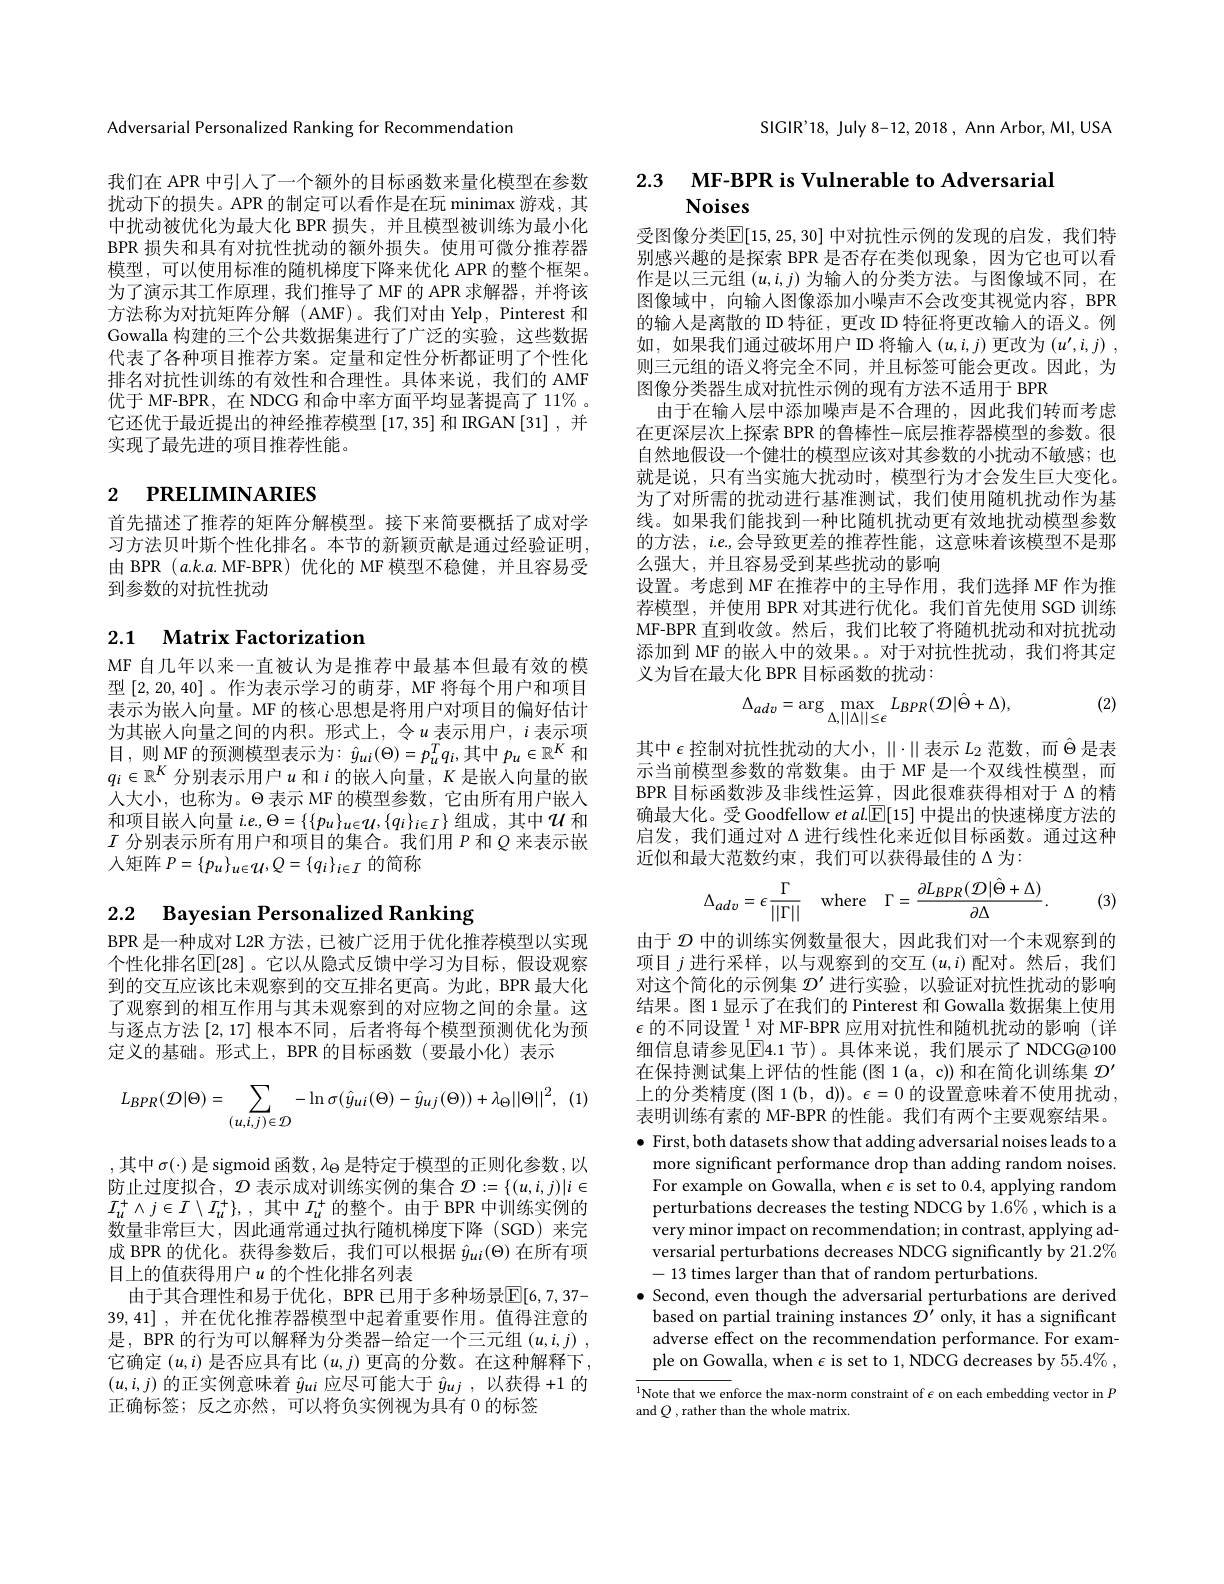
Adversarial Personalized Ranking for Recommendation

我们在 APR 中引人了一个额外的目标函数来量化模型在参数扰动下的损失。APR 的制定可以看作是在玩 minimax 游戏，其中扰动被优化为最大化 BPR 损失，并且模型被训练为最小化BPR 损失和具有对抗性扰动的额外损失。使用可微分推荐器模型，可以使用标准的随机梯度下降来优化 APR 的整个框架。为了演示其工作原理，我们推导了MF 的 APR 求解器，并将该方法称为对抗矩阵分解(AMF)。我们对由 Yelp, Pinterest 和Gowalla 构建的三个公共数据集进行了广泛的实验，这些数据代表了各种项目推荐方案。定量和定性分析都证明了个性化排名对抗性训练的有效性和合理性。具体来说，我们的 AMF 优于 MF-BPR, 在 NDCG 和命中率方面平均显著提高了 11% 。它还优于最近提出的神经推荐模型$\left[17,35\right]$和IRGAN[31],并实现了最先进的项目推荐性能。

# 2 РRELIМINARIES

首先描述了推荐的矩阵分解模型。接下来简要概括了成对学习方法贝叶斯个性化排名。本节的新颖贡献是通过经验证明， 由 BPR $(a.k.a.$ MF-BPR)优化的 MF 模型不稳健，并且容易受到参数的对抗性扰动

# 2.1 Matrix Factorization

MF 自几年以来一直被认为是推荐中最基本但最有效的模型[2,20,40] 。作为表示学习的萌芽，MF 将每个用户和项目表示为嵌入向量。MF 的核心思想是将用户对项目的偏好估计为其嵌人向量之间的内积。形式上，令$u$ 表示用户，$i$ 表示项目，则 MF 的预测模型表示为：$\hat{y}_{ui}(\Theta)=p_u^Tq_i$,其中 $p_u\in\mathbb{R}^K$ 和$q_i\in\mathbb{R}^K$ 分别表示用户$u$ 和$i$ 的嵌入向量，$K$ 是嵌入向量的嵌人大小，也称为。$\Theta$表示 MF 的模型参数，它由所有用户嵌入和项目嵌入向量$i.e,\Theta=\{\{p_u\}_{u\in\mathcal{U}},\{q_i\}_{i\in\mathcal{I}}\}$组成，其中$\mathcal{U}$和$I$分别表示所有用户和项目的集合。我们用$P$和$Q$来表示嵌人矩阵$P=\{p_u\}_{u\in\mathcal{U}},Q=\{q_i\}_{i\in I}$的简称

2.2 Bayesian Personalized Ranking

BPR 是一种成对 L2R 方法 , 已被广泛用于优化推荐模型以实现个性化排名$\overline{\mathbb{E}}[28]$ 。它以从隐式反馈中学习为目标，假设观察到的交互应该比未观察到的交互排名更高。为此，BPR 最大化了观察到的相互作用与其未观察到的对应物之间的余量。这与逐点方法[2,17]根本不同，后者将每个模型预测优化为预定义的基础。形式上，BPR 的目标函数(要最小化)表示
$$L_{BPR}(\mathcal D|\Theta)=\sum_{(u,i,j)\in\mathcal D}-\ln\sigma(\hat{y}_{ui}(\Theta)-\hat{y}_{uj}(\Theta))+\lambda_{\Theta}||\Theta||^{2},$$
,其中 $\sigma(\cdot)$ 是 sigmoid 函数$,\lambda_\Theta$ 是特定于模型的正则化参数，以防止过度拟合，$\mathcal{D}$表示成对训练实例的集合$\mathcal{D}:=\{(u,i,j)|i\in$ $I_u^+\wedge j\in I\setminus I_u^+\}$,其中$I_u^+$的整个。由于 BPR 中训练实例的数量非常巨大，因此通常通过执行随机梯度下降(SGD)来完成 BPR 的优化。获得参数后，我们可以根据$\hat{y}_{ui}(\Theta)$在所有项目上的值获得用户$u$ 的个性化排名列表
由于其合理性和易于优化，BPR 已用于多种场景$\overline{\mathbb{E}}[6,7,37-2]$ 39,41] , 并在优化推荐器模型中起着重要作用。值得注意的是，BPR 的行为可以解释为分类器-给定一个三元组$( u, i, j)$ , 它确定$(u,i)$是否应具有比$(u,j)$更高的分数。在这种解释下， $(u,i,j)$的正实例意味着$\hat{y}_{ui}$应尽可能大于$\hat{y}_{uj}$ ,以获得+1的正确标签；反之亦然，可以将负实例视为具有 0 的标签

SIGIR'18, July 8-12, 2018, Ann Arbor, MI, USA

2.3 $\textbf{MF- BPR is Vulnerable to Adversarial}$
# Noises

受图像分类$\overline{\mathbb{E}}[15,25,30]$ 中对抗性示例的发现的启发，我们特别感兴趣的是探索 BPR 是否存在类似现象，因为它也可以看作是以三元组$(u,i,j)$为输入的分类方法。与图像域不同，在图像域中，向输人图像添加小噪声不会改变其视觉内容，BPR 的输入是离散的 ID 特征，更改 ID 特征将更改输入的语义。例如，如果我们通过破坏用户 ID 将输入$(u,i,j)$更改为$(u^\prime,i,j)$ , 则三元组的语义将完全不同，并且标签可能会更改。因此，为图像分类器生成对抗性示例的现有方法不适用于 BPR
由于在输人层中添加噪声是不合理的，因此我们转而考虑在更深层次上探索 BPR 的鲁棒性-底层推荐器模型的参数。很自然地假设一个健壮的模型应该对其参数的小扰动不敏感；也就是说，只有当实施大扰动时，模型行为才会发生巨大变化。为了对所需的扰动进行基准测试，我们使用随机扰动作为基线。如果我们能找到一种比随机扰动更有效地扰动模型参数的方法，$i.e$,会导致更差的推荐性能，这意味着该模型不是那么强大，并且容易受到某些扰动的影响
设置。考虑到 MF 在推荐中的主导作用，我们选择 MF 作为推荐模型，并使用 BPR 对其进行优化。我们首先使用 SGD 训练MF-BPR 直到收敛。然后，我们比较了将随机扰动和对抗扰动添加到 MF 的嵌入中的效果。。对于对抗性扰动，我们将其定义为旨在最大化 BPR 目标函数的扰动：
$$\Delta_{adv}=\arg\max_{\Delta,||\Delta||\leq\epsilon}L_{BPR}(\mathcal{D}|\hat{\Theta}+\Delta),$$
(2)

其中$\epsilon$控制对抗性扰动的大小，$\|\cdot\|$表示$L_2$范数，而$\hat\Theta$是表示当前模型参数的常数集。由于 MF 是一个双线性模型，而BPR 目标函数涉及非线性运算，因此很难获得相对于$\Delta$的精确最大化。受 Goodfellow $etal.\boxed{\mathbb{E}}[15]$中提出的快速梯度方法的启发，我们通过对 Δ 进行线性化来近似目标函数。通过这种近似和最大范数约束，我们可以获得最佳的$\Delta$为：
$$\Delta_{adv}=\epsilon\frac{\Gamma}{||\Gamma||}\quad\mathrm{where}\quad\Gamma=\frac{\partial L_{BPR}(\mathcal{D}|\hat{\Theta}+\Delta)}{\partial\Delta}.$$
(3)

由于$\mathcal{D}$中的训练实例数量很大，因此我们对一个未观察到的项目$j$进行采样，以与观察到的交互$(u,i)$配对。然后，我们对这个简化的示例集$\mathcal{D}^\prime$进行实验，以验证对抗性扰动的影响结果。图1显示了在我们的 Pinterest 和 Gowalla 数据集上使用$\epsilon\text{ 的不同设置 }^{1}$对 MF-BPR 应用对抗性和随机扰动的影响(详细信息请参见$\overline{\mathrm{E}}$4.1 节)。具体来说，我们展示了NDCG@100在保持测试集上评估的性能 (图 1(a, c)) 和在简化训练集$\mathcal{D}^\prime$ 上的分类精度 (图 1 (b , d))。$\epsilon=0$的设置意味着不使用扰动， 表明训练有素的 MF-BPR 的性能。我们有两个主要观察结果。$\bullet$ First, both datasets show that adding adversarial noises leads to a more significant performance drop than adding random noises. For example on Gowalla, when $\epsilon$ is set to 0.4, applying random perturbations decreases the testing NDCG by 1.6%,which is a very minor impact on recommendation; in contrast, applying adversarial perturbations decreases NDCG significantly by 21.2% -13 times larger than that of random perturbations.
$\bullet$ Second, even though the adversarial perturbations are derived
based on partial training instances $\mathcal{D}^\prime$ only, it has a significant adverse effect on the recommendation performance. For example on Gowalla, when $\epsilon$ is set to 1, NDCG decreases by 55.4%,

$\overline{^{1}\text{Note that we en}}$force the max-norm constraint of $\epsilon$ on each embedding vector in $P$
and $Q$ , rather than the whole matrix